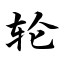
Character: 轮